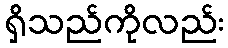
ရှိသည်ကိုလည်း